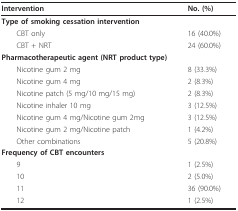
<table><thead><tr><td><b>Intervention</b></td><td><b>No. (%)</b></td></tr></thead><tbody><tr><td><b>Type of smoking cessation intervention</b></td><td></td></tr><tr><td> CBT only</td><td>16 (40.0%)</td></tr><tr><td> CBT + NRT</td><td>24 (60.0%)</td></tr><tr><td><b>Pharmacotherapeutic agent (NRT product type)</b></td><td></td></tr><tr><td> Nicotine gum 2 mg</td><td>8 (33.3%)</td></tr><tr><td> Nicotine gum 4 mg</td><td>2 (8.3%)</td></tr><tr><td> Nicotine patch (5 mg/10 mg/15 mg)</td><td>2 (8.3%)</td></tr><tr><td> Nicotine inhaler 10 mg</td><td>3 (12.5%)</td></tr><tr><td> Nicotine gum 4 mg/Nicotine gum 2mg</td><td>3 (12.5%)</td></tr><tr><td> Nicotine gum 2 mg/Nicotine patch</td><td>1 (4.2%)</td></tr><tr><td> Other combinations</td><td>5 (20.8%)</td></tr><tr><td><b>Frequency of CBT encounters</b></td><td></td></tr><tr><td> 9</td><td>1 (2.5%)</td></tr><tr><td> 10</td><td>2 (5.0%)</td></tr><tr><td> 11</td><td>36 (90.0%)</td></tr><tr><td> 12</td><td>1 (2.5%)</td></tr></tbody></table>